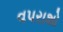
વપરાશો